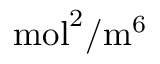
\mathrm { m o l } ^ { 2 } / \mathrm { m } ^ { 6 }